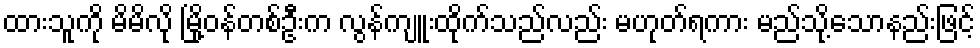
ထားသူကို မိမိလို မြို့ဝန်တစ်ဦးက လွန်ကျူးထိုက်သည်လည်း မဟုတ်ရကား မည်သို့သောနည်းဖြင့်